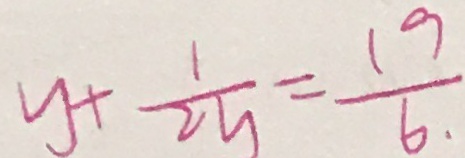
y + \frac { 1 } { 2 y } = \frac { 1 9 } { 6 . }